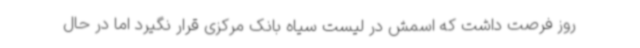
روز فرصت داشت که اسمش در لیست سیاه بانک مرکزی قرار نگیرد اما در حال